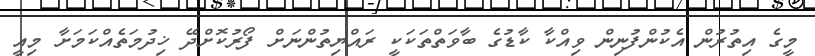
މީގެ އިތުރުން އެކުންފުނިން ވިއްކާ ކާޑުގެ ބާވަތްތަކަކީ ރައްޔިތުންނަށް ފޯރުކޮށްދޭ ޚިދުމަތެއްކަމަށާ މިއީ